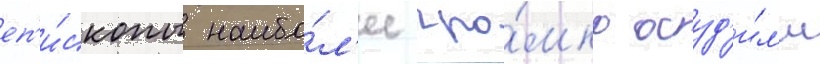
еп'и́скопы наибо́л'ее гро́мко осуд'и́л'и